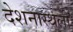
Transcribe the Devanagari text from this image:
देशनास्थली